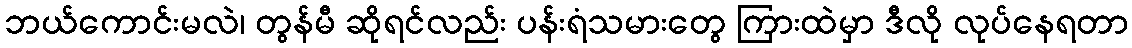
ဘယ်ကောင်းမလဲ၊ တွန်မီ ဆိုရင်လည်း ပန်းရံသမားတွေ ကြားထဲမှာ ဒီလို လုပ်နေရတာ